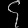
Digit: ၄